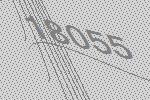
18055